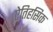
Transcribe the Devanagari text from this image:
एेतिहसिक